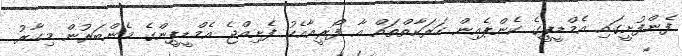
ފެންފުށީގައި އެމްޑީޕީގެ ކެންޕެއިން ހަރަކާތްތައް އާ ފޯރީއާއެކު ފެށިއްޖެ އެމްޑީޕީންގެ މެންބަރުން މިހާރު